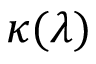
\kappa ( \lambda )